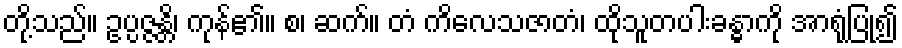
တို့သည်။ ဥပ္ပဇ္ဇန္တိ၊ ကုန်၏။ စ၊ ဆက်။ တံ ကိလေသဇာတံ၊ ထိုသူတပါးခန္ဓာကို အာရုံပြု၍